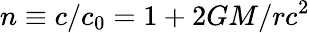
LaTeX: n\equiv c/c_{0}=1+2GM/rc^{2}